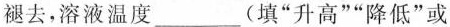
褪去，溶液温度____(填”升高””降低”或